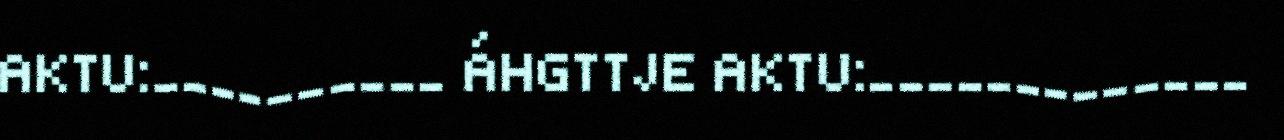
AKTU:__________ ÁHGTTJE AKTU:_____________